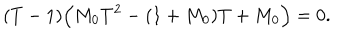
( T - 1 ) \Bigl ( M _ { 0 } T ^ { 2 } - ( 1 + M _ { 0 } ) T + M _ { 0 } \Bigr ) = 0 .